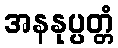
အနနုပ္ပတ္တံ